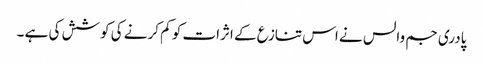
پادری جم والس نے اس تنازع کے اثرات کو کم کرنے کی کوشش کی ہے ۔